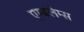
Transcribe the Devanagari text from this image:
एम्बलेम्स